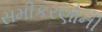
સમીકરણોની